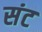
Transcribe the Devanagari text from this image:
संट